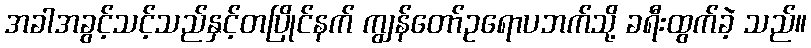
အခါအခွင့်သင့်သည်နှင့်တပြိုင်နက် ကျွန်တော်ဥရောပဘက်သို့ ခရီးထွက်ခဲ့ သည်။